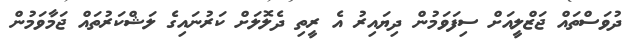
ދުވަސްތައް ޖަޒްލީއަށް ސިފަވަމުން ދިޔައިރު އެ ރީތި ދެލޮލަށް ކަރުނައިގެ ލަޝްކަރުތައް ޖަމާވަމުން